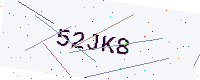
Text: 52JK8